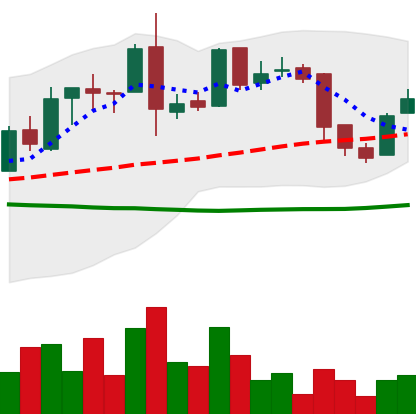
Ticker: LTC-USD
Chart end date: 2015-12-24
Forward return: -3.945%
Label: down_3_5